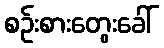
စဉ်းစားတွေးခေါ်